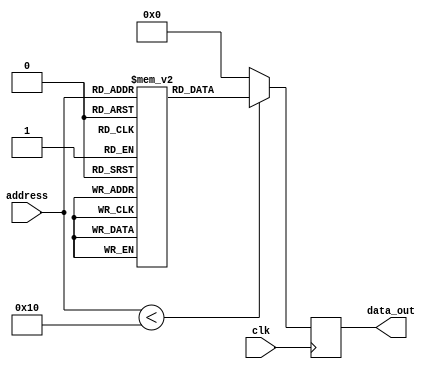
module parameterized_rom #(
    parameter DATA_WIDTH = 8,        // Width of each data word
    parameter ADDR_WIDTH = 4         // Address width (2^ADDR_WIDTH entries)
) (
    input wire [ADDR_WIDTH-1:0] address, // Address input
    input wire clk,                      // Clock signal
    output reg [DATA_WIDTH-1:0] data_out // Data output
);

    // Internal memory array
    reg [DATA_WIDTH-1:0] rom [(2**ADDR_WIDTH)-1:0];

    // Initialize the ROM contents
    initial begin
        // Example initialization: Fill the ROM with some values
        // In a real design, you may want to load this from a file
        rom[0] = 8'hAA; // Address 0
        rom[1] = 8'hBB; // Address 1
        rom[2] = 8'hCC; // Address 2
        rom[3] = 8'hDD; // Address 3
        rom[4] = 8'hEE; // Address 4
        rom[5] = 8'hFF; // Address 5
        rom[6] = 8'h00; // Address 6
        rom[7] = 8'h11; // Address 7
        // Add more initialization as needed
    end

    // Synchronous read operation
    always @(posedge clk) begin
        // Ensure the address is within bounds
        if (address < (2**ADDR_WIDTH)) begin
            data_out <= rom[address];
        end else begin
            data_out <= {DATA_WIDTH{1'b0}}; // Default value on out-of-bounds
        end
    end

    // Uncomment the below block for asynchronous read operation instead
    /*
    always @(*) begin
        // Ensure the address is within bounds
        if (address < (2**ADDR_WIDTH)) begin
            data_out = rom[address];
        end else begin
            data_out = {DATA_WIDTH{1'b0}}; // Default value on out-of-bounds
        end
    end
    */

endmodule